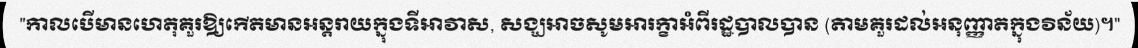
"កាលបើមានហេតុគួរឱ្យកើតមានអន្តរាយក្នុងទីអាវាស, សង្ឃអាចសូមអារក្ខាអំពីរដ្ឋបាលបាន (តាមគួរដល់អនុញ្ញាតក្នុងវិន័យ)។"